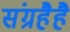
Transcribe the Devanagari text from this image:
संग्रहैहै